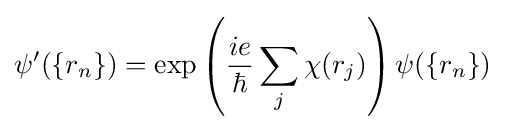
\psi '(\{r_{n}\})=\exp \left({\frac {ie}{\hbar }}\sum _{j}\chi (r_{j})\right)\psi (\{r_{n}\})